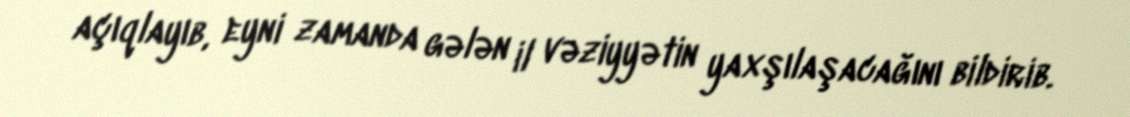
açıqlayıb, eyni zamanda gələn il vəziyyətin yaxşılaşacağını bildirib.